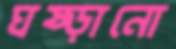
ঘষ্‌ড়ানো